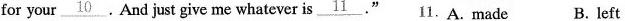
for your \underline{10}.And just give me whatever is \underline{11}." 11.A. made B. left